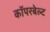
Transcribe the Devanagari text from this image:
कॉपरबेल्ट